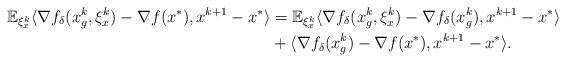
LaTeX: \begin{align*}\mathbb{E}_{\xi_x^k}\langle \nabla f_{\delta}(x_g^k, \xi_x^k) - \nabla f(x^*), x^{k+1} - x^* \rangle &= \mathbb{E}_{\xi_x^k}\langle \nabla f_{\delta}(x_g^k, \xi_x^k) - \nabla f_{\delta}(x_g^k), x^{k+1} - x^* \rangle \\&+ \langle \nabla f_{\delta}(x_g^k) - \nabla f(x^*), x^{k+1} - x^* \rangle.\end{align*}